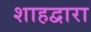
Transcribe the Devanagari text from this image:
शाहद्वारा